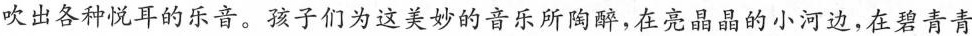
吹出各种悦耳的乐音。孩子们为这美妙的音乐所陶醉，在亮晶晶的小河边，在碧青青的